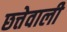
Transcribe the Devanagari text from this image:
छत्तेवाली